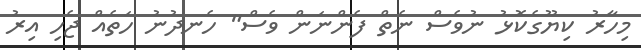
މިހާރު ކިޔޫގެކޮޅު ނުވެސް ނެތް ފެންނަން ވެސް" ހެނދުނު ހަތެއް ޖެހި އިރު